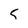
Character: 5